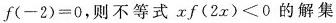
$$f(-2)=0$$，则不等式$$xf(2x)<0$$的解集